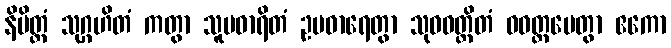
နိမိတ္တံ သုဂ္ဂဟိတံ ကတွာ သူပဓာရိတံ ဥပဓာရေတွာ သုဝဝတ္ထိတံ ဝဝတ္ထပေတွာ ဧကော